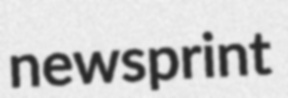
newsprint